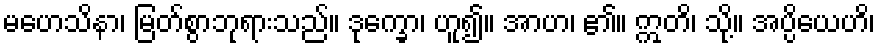
မဟေသိနာ၊ မြတ်စွာဘုရားသည်။ ဒုက္ခော၊ ဟူ၍။ အာဟ၊ ၏။ ဣတိ၊ သို့။ အပ္ပိယေဟိ၊